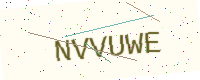
Text: NVVUWE